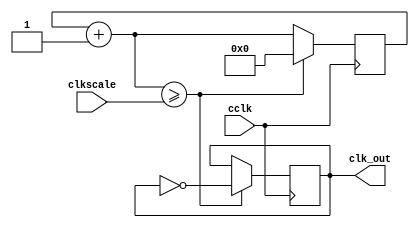
`timescale 1ns / 1ps
//fully adapted from the using clocks PDF
module clock
    (
    input wire cclk,
    input wire [31:0] clkscale,
    output reg clk_out
    );
    reg [31:0] clkq = 0;
    
    always@(posedge cclk)
        begin
            clkq = clkq + 1;
                if(clkq>=clkscale)
                    begin
                        clk_out=~clk_out;
                        clkq=0;
                    end
        end
endmodule